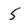
Character: 5